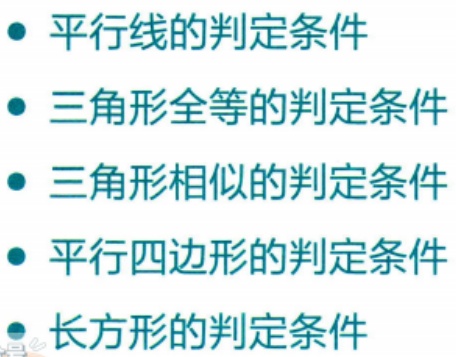
#NAME?